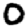
Digit: 0